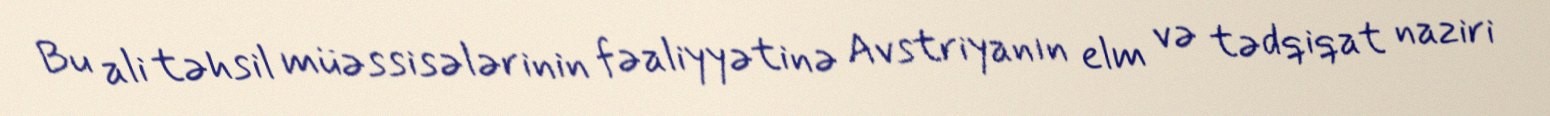
Bu ali təhsil müəssisələrinin fəaliyyətinə Avstriyanın elm və tədqiqat naziri